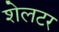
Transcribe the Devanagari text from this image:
शेलटर